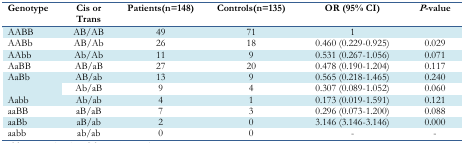
| Genotype | Cis or Trans | Patients(n=148) | Controls(n=135) | OR (95% CI) | P-value |
 | --- | --- | --- | --- | --- | --- |
 | AABB | AB/AB | 49 | 71 | 1 |  |
 | AABb | AB/Ab | 26 | 18 | 0.460 (0.229–0.925) | 0.029 |
 | AAbb | Ab/Ab | 11 | 9 | 0.531 (0.267–1.056) | 0.071 |
 | AaBB | AB/aB | 27 | 20 | 0.478 (0.190–1.204) | 0.117 |
 | <ROWSPAN=2> AaBb | AB/ab | 13 | 9 | 0.565 (0.218–1.465) | 0.240 |
 | Ab/aB | 9 | 4 | 0.307 (0.089–1.052) | 0.060 |
 | Aabb | Ab/ab | 4 | 1 | 0.173 (0.019–1.591) | 0.121 |
 | aaBB | aB/aB | 7 | 3 | 0.296 (0.073–1.200) | 0.088 |
 | aaBb | aB/ab | 2 | 0 | 3.146 (3.146–3.146) | 0.000 |
 | aabb | ab/ab | 0 | 0 | - | - |